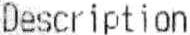
DESCRIPTION